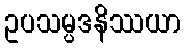
ဥပသမ္ပဒနိဿယာ